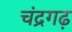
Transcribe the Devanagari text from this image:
चंद्रगढ़